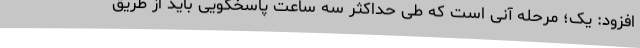
افزود: یک؛ مرحله آنی است که طی حداکثر سه ساعت پاسخگویی باید از طریق